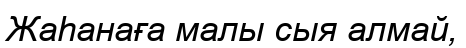
Жаһанаға малы сыя алмай,